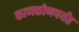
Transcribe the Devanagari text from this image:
काणकोणपर्यंत